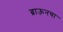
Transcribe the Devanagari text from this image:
ब्राऊनचा